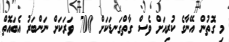
މި ގޮތުން އޭނާގެ ކުރިއަށް ވެސް ގާތްގަނޑަކަށް 700 ވަރަކަށް ނަންބަރު އެބައޮތް